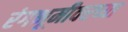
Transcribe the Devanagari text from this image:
रंगभूमीवरच्या